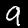
Digit: 9